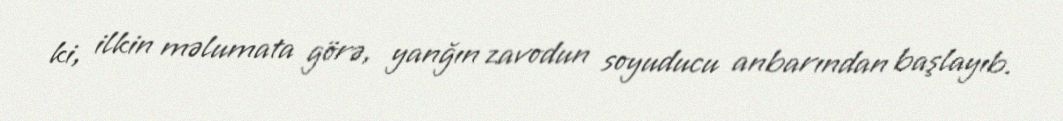
ki, ilkin məlumata görə, yanğın zavodun soyuducu anbarından başlayıb.